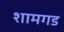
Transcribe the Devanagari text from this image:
शामगड